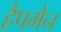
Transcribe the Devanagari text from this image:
हैपमैन